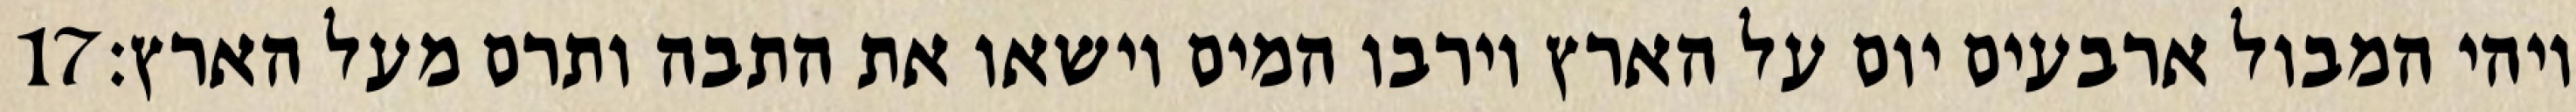
‎17‏ ויהי המבול ארבעים יום על הארץ וירבו המים וישאו את התבה ותרם מעל הארץ׃